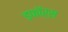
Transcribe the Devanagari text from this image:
इफॉर्स